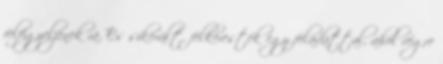
felfigyeljenek rá. És sikerült, felkeresték egy feladattal, ahol végre